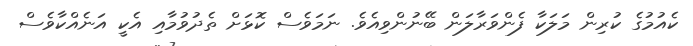
ކެއުމުގެ ކުރިން މަލަކާ ފެންވަރާލަން ބޭނުންވިއެވެ. ނަމަވެސް ކޮޅަށް ތެދުވުމާއި އެކީ އަނެއްކާވެސް